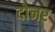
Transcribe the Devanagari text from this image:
दोनर